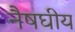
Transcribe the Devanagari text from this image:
नैषघीय